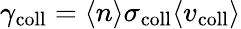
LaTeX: \gamma_{\mathrm{coll}}=\langle n\rangle\sigma_{\mathrm{coll}}\langle v_{\mathrm{coll}}\rangle